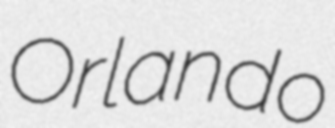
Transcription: Orlando